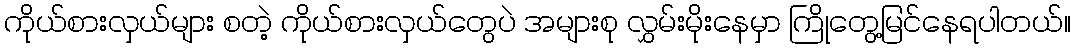
ကိုယ်စားလှယ်များ စတဲ့ ကိုယ်စားလှယ်တွေပဲ အများစု လွှမ်းမိုးနေမှာ ကြိုတွေ့မြင်နေရပါတယ်။